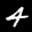
Label: 4